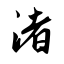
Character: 渚